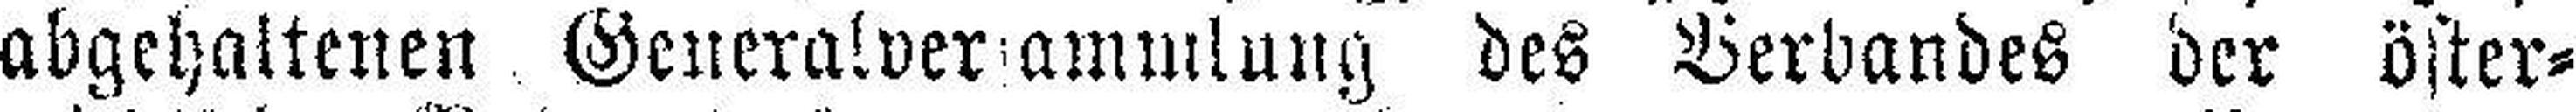
abgehaltenen Generalver###ammlung des Verbandes der öster¬